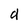
Character: a